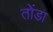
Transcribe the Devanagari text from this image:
तोंडा